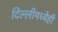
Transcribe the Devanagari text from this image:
दिल्लीमध्येही